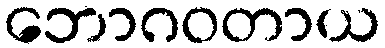
ဘောဂဝတာယ